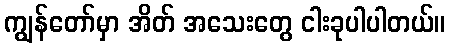
ကျွန်တော်မှာ အိတ် အသေးတွေ ငါးခုပါပါတယ်။